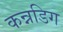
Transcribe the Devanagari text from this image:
कन्नडिग